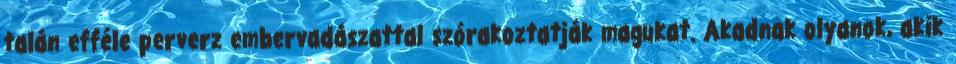
talán efféle perverz embervadászattal szórakoztatják magukat. Akadnak olyanok, akik